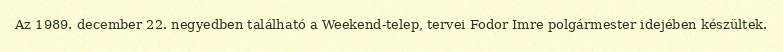
Az 1989. december 22. negyedben található a Weekend-telep, tervei Fodor Imre polgármester idejében készültek.